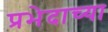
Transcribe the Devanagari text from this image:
प्रभेदाच्या